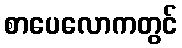
စာပေလောကတွင်